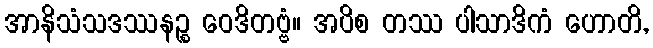
အာနိသံသဒဿနဉ္စ ဝေဒိတဗ္ဗံ။ အပိစ တဿ ပါသာဒိကံ ဟောတိ,